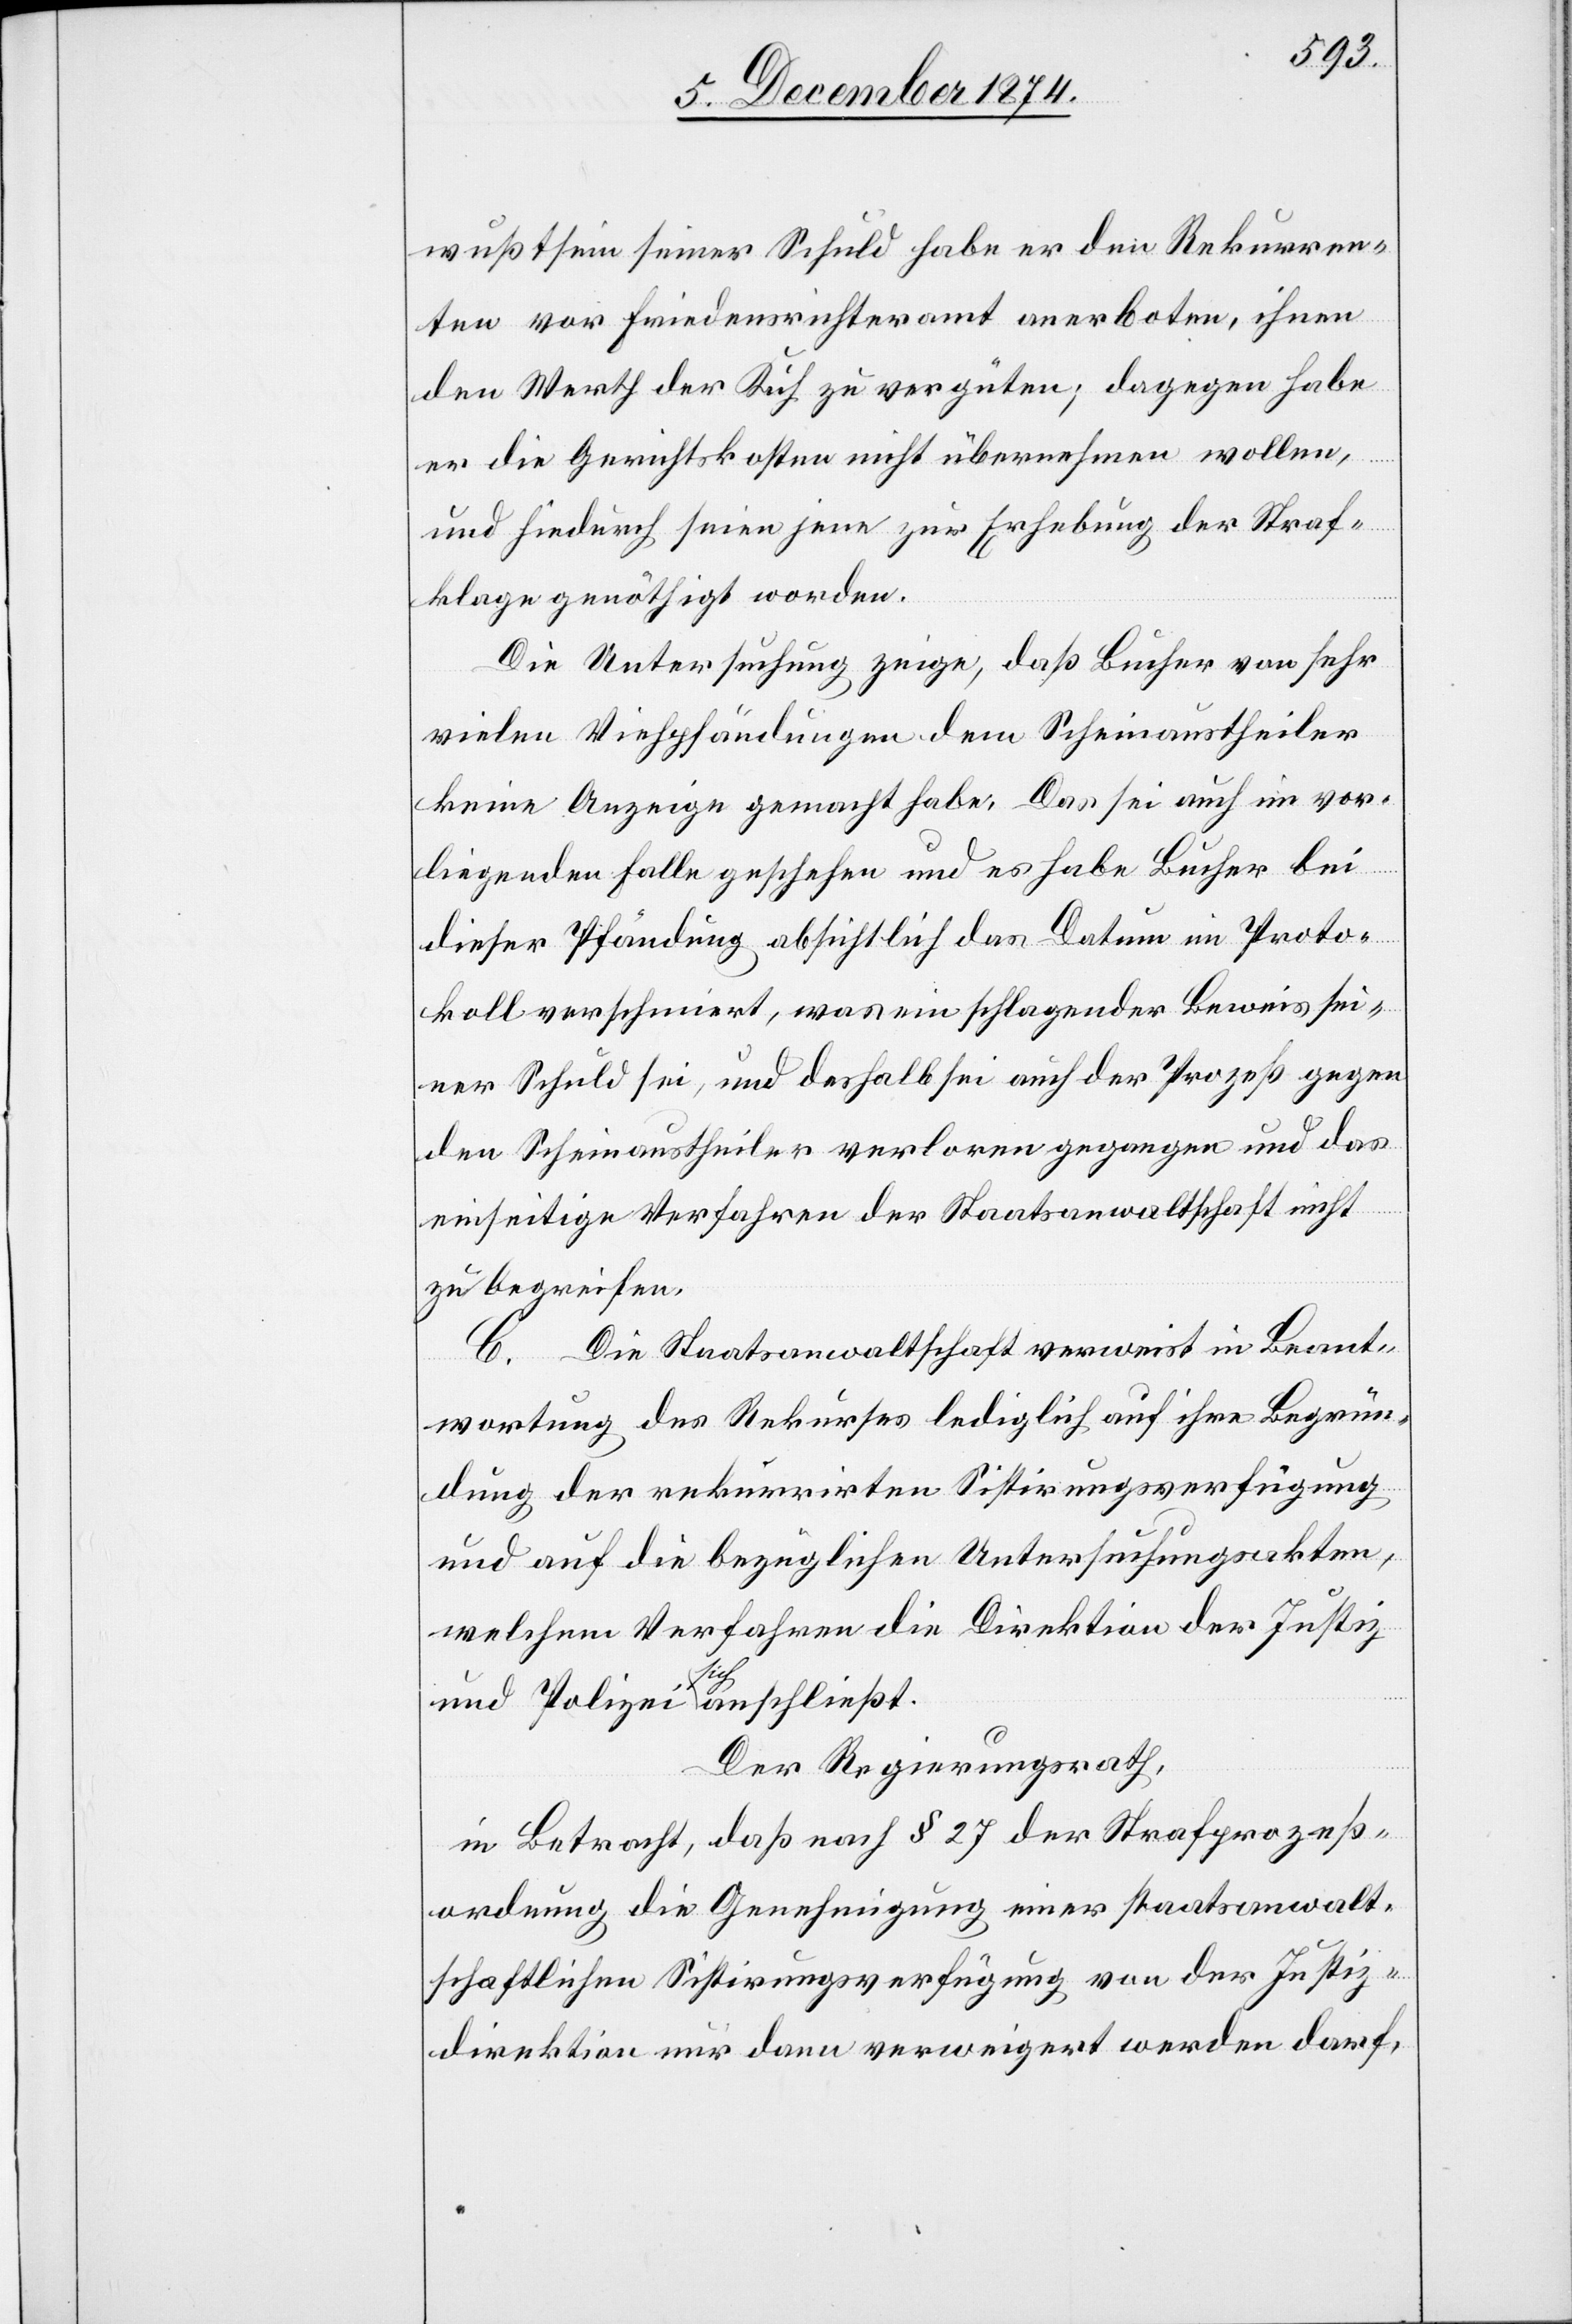
wußtsein seiner Schuld habe er den Rekurren¬
ten vor Friedensrichteramt anerboten, ihnen
den Werth der Kuh zu vergüten; dagegen habe
er die Gerichtskosten nicht übernehmen wollen,
und hiedurch seien jene zur Erhebung der Straf¬
klage genöthigt worden.
Die Untersuchung zeige, daß Bucher von sehr
vielen Viehpfändungen dem Scheinaustheiler
keine Anzeige gemacht habe. Das sei auch im vor¬
liegenden Falle geschehen und es habe Bucher bei
dieser Pfändung absichtlich das Datum im Proto¬
koll verschmiert, was ein schlagender Beweis sei¬
ner Schuld sei, und deshalb sei auch der Prozeß gegen
den Scheinaustheiler verloren gegangen und das
einseitige Verfahren der Staatsanwaltschaft nicht
zu begreifen.
C. Die Staatsanwaltschaft verweist in Beant¬
wortung des Rekurses lediglich auf ihre Begrün¬
dung der rekurrirten Sistirungsverfügung
und auf die bezüglichen Untersuchungsakten,
welchem Verfahren die Direktion der Justiz
und Polizei sich anschließt.
Der Regierungsrath,
in Betracht, daß nach § 27 der Strafprozeß¬
ordnung die Genehmigung einer staatsanwalt¬
schaftlichen Sistirungsverfügung von der Justiz¬
direktion nur dann verweigert werden darf,